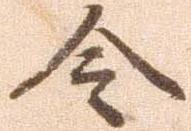
令